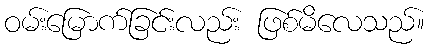
ဝမ်းမြောက်ခြင်းလည်း ဖြစ်မိလေသည်။